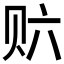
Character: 𲂽